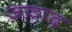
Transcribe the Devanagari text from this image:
ज़ल्लाद